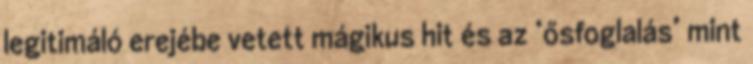
legitimáló erejébe vetett mágikus hit és az ‘ősfoglalás’ mint